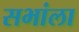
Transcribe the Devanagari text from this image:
सभांला